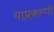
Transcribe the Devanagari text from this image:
याप्रकऱणी